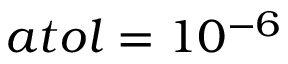
a t o l = 1 0 ^ { - 6 }